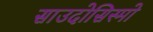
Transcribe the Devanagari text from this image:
साउदोसिस्मो